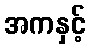
အကနှင့်